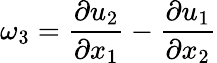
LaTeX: \omega_{3}=\frac{\partial u_{2}}{\partial x_{1}}-\frac{\partial u_{1}}{\partial x_{2}}